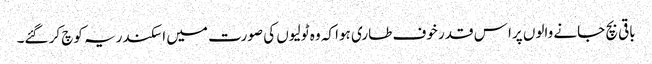
باقی بچ جانے والوں پرا س قدر خوف طاری ہوا کہ وہ ٹولیوں کی صورت میں اسکندریہ کوچ کر گئے۔